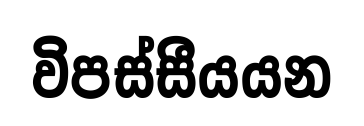
විපස්සීයයන